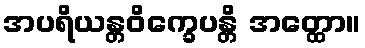
အပရိယန္တဝိက္ခေပန္တိ အတ္ထော။